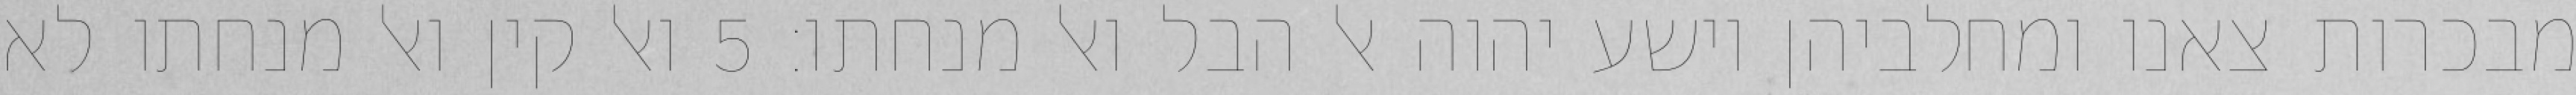
מבכרות צאנו ומחלביהן וישע יהוה אל הבל ואל מנחתו׃ ‎5‏ ואל קין ואל מנחתו לא